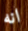
انه